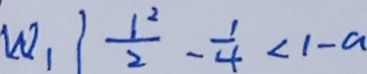
w _ { 1 } \vert \frac { 1 ^ { 2 } } { 2 } - \frac { 1 } { 4 } < 1 - a